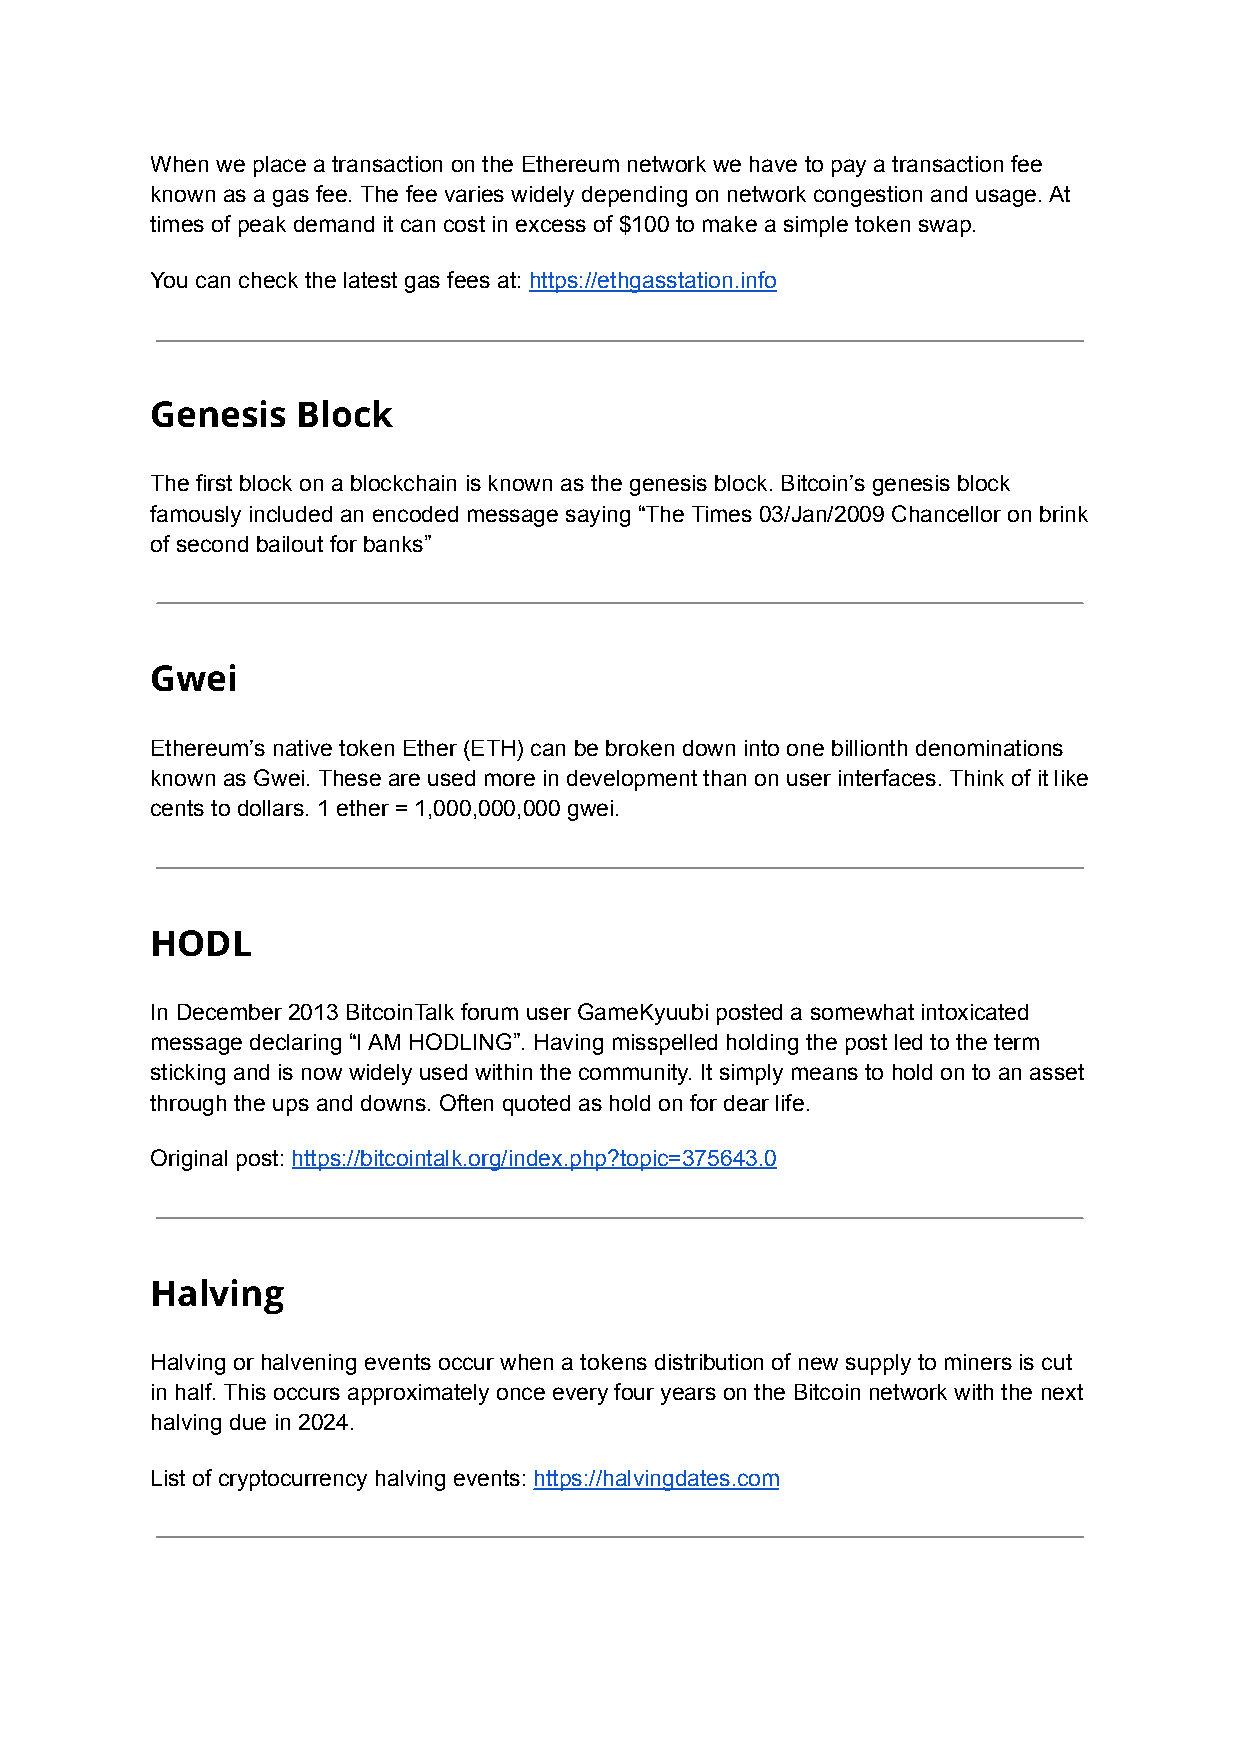
When we place a transaction on the Ethereum network we have to pay a transaction fee
 known as a gas fee. The fee varies widely depending on network congestion and usage. At
 times of peak demand it can cost in excess of $100 to make a simple token swap.
 You can check the latest gas fees at: https://ethgasstation.info
 Genesis   Block
 The first block on a blockchain is known as the genesis block. Bitcoin’s genesis block
 famously included an encoded message saying “The Times 03/Jan/2009 Chancellor on brink
 of second bailout for banks”
 Gwei
 Ethereum’s native token Ether (ETH) can be broken down into one billionth denominations
 known as Gwei. These are used more in development than on user interfaces. Think of it like
 cents to dollars. 1 ether = 1,000,000,000 gwei.
 HODL
 In December 2013 BitcoinTalk forum user GameKyuubi posted a somewhat intoxicated
 message declaring “I AM HODLING”. Having misspelled holding the post led to the term
 sticking and is now widely used within the community. It simply means to hold on to an asset
 through the ups and downs. Often quoted as hold on for dear life.
 Original post: https://bitcointalk.org/index.php?topic=375643.0
 Halving
 Halving or halvening events occur when a tokens distribution of new supply to miners is cut
 in half. This occurs approximately once every four years on the Bitcoin network with the next
 halving due in 2024.
 List of cryptocurrency halving events: https://halvingdates.com